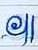
៕